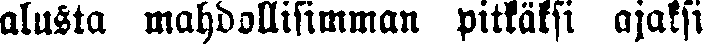
alusta mahdollisimman pitkäksi ajaksi